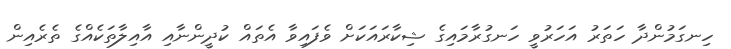
ހިނގަމުންދާ ހަތަރު އަހަރުވީ ހަނގުރާމައިގެ ޝިކާރައަކަށް ވެފައިވާ އެތައް ކުދީންނާއި އާއިލާތަކެއްގެ ތެރެއިން